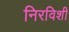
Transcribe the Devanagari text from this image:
निरविशी